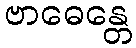
ဗာဓေန္တေ